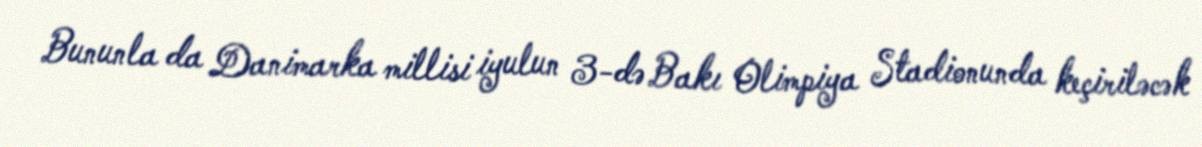
Bununla da Danimarka millisi iyulun 3-də Bakı Olimpiya Stadionunda keçiriləcək